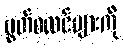
မွတ်စလင်များကို